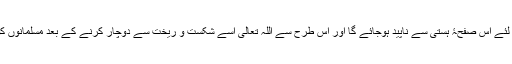
دجال اور دجالی لشکر ہمیشہ ہمیش کے لئے اس صفحۂ ہستی سے ناپید ہوجائے گا اور اس طرح سے اللہ تعالیٰ اسے شکست و ریخت سے دوچار کرنے کے بعد مسلمانوں کو اس کے عظیم فتنہ سے نجات دے گا۔